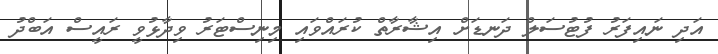
އަދި ނައިފަރު ފުޓުސަލް ދަނޑަށް އިޝާރާތް ކުރައްވައި މިނިސްޓަރު ވިދާޅުވީ ރައީސް އަބްދު